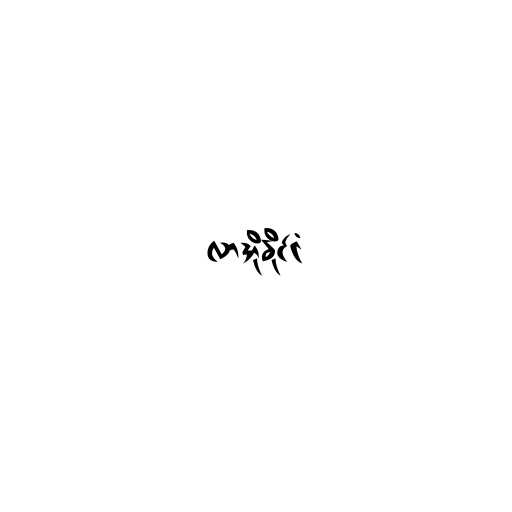
လာအိုနိုင်ငံ